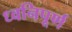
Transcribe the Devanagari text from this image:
ध्वनिपूर्ण